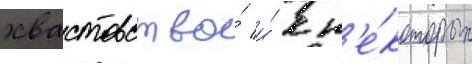
хвастовство́ и́ в н'е́которых